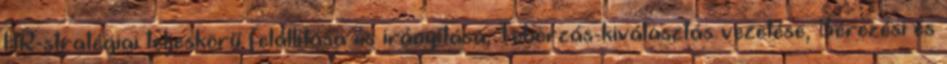
HR-stratégiai teljeskörű felállítása és irányítása, Toborzás-kiválasztás vezetése, Bérezési és